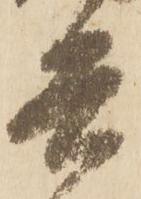
兵